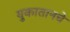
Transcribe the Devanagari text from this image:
युकातानचे